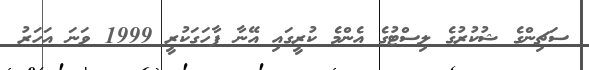
ސަޗިންގެ ޝުކުރުގެ ލިސްޓުގެ އެންމެ ކުރީގައި އޭނާ ފާހަގަކުރީ 1999 ވަނަ އަހަރު